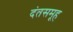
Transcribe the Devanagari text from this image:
दंतसमूह